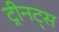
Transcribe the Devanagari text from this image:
ट्रीनट्स